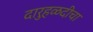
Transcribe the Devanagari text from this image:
दारुहळदीचा